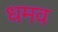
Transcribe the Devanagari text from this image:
धमव